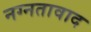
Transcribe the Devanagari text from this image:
नग्नतावाद